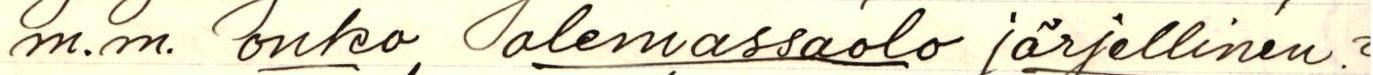
mm. onko olemassaolo järjellinen?